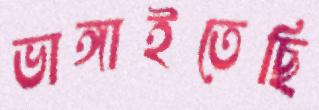
ভাঙ্গাইতেছি